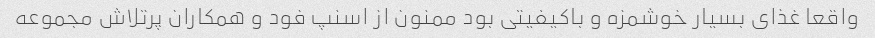
واقعا غذای بسیار خوشمزه و باکیفیتی بود ممنون از اسنپ فود و همکاران پرتلاش مجموعه